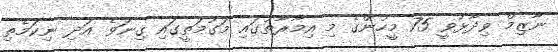
ނާޒިމް ވިދާޅުވީ 75 މީހުންގެ މި އިމާރާތުގައި މަގުމަތީގައި ގިނަވެ އަދި ނިކަމެތި